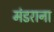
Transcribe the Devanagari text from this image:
मंडराना